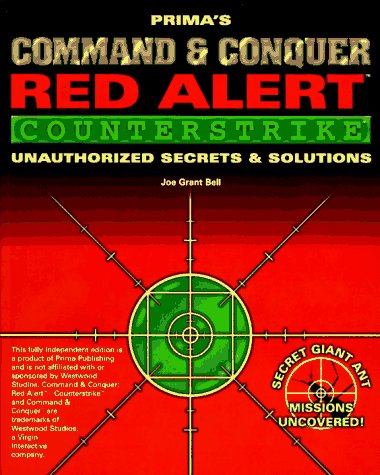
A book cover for Command & Conquer: Red Alert - Counterstrike: Unauthorized Secrets and Solutions (Prima's Secrets of the Games); Joe Grant Bell; Science Fiction & Fantasy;